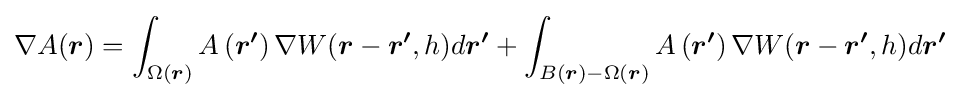
\nabla A({\boldsymbol {r}})=\int _{\Omega ({\boldsymbol {r}})}A\left({\boldsymbol {r^{\prime }}}\right)\nabla W({\boldsymbol {r}}-{\boldsymbol {r^{\prime }}},h)d{\boldsymbol {r^{\prime }}}+\int _{B({\boldsymbol {r}})-\Omega ({\boldsymbol {r}})}A\left({\boldsymbol {r^{\prime }}}\right)\nabla W({\boldsymbol {r}}-{\boldsymbol {r^{\prime }}},h)d{\boldsymbol {r^{\prime }}}